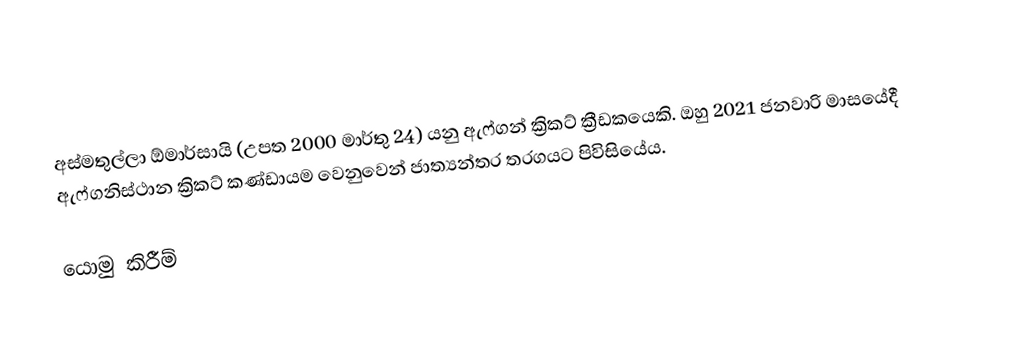
අස්මතුල්ලා ඕමාර්සායි (උපත 2000 මාර්තු 24) යනු ඇෆ්ගන් ක්‍රිකට් ක්‍රීඩකයෙකි. ඔහු 2021 ජනවාරි මාසයේදී ඇෆ්ගනිස්ථාන ක්‍රිකට් කණ්ඩායම වෙනුවෙන් ජාත්‍යන්තර තරගයට පිවිසියේය.

යොමු කිරීම්